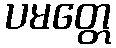
ပမတ္တေ